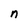
Character: n